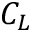
C _ { L }